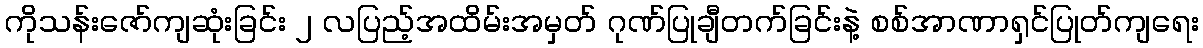
ကိုသန်းဇော်ကျဆုံးခြင်း ၂ လပြည့်အထိမ်းအမှတ် ဂုဏ်ပြုချီတက်ခြင်းနဲ့ စစ်အာဏာရှင်ပြုတ်ကျရေး